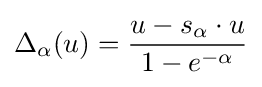
\Delta _{\alpha }(u)={\frac {u-s_{\alpha }\cdot u}{1-e^{-\alpha }}}